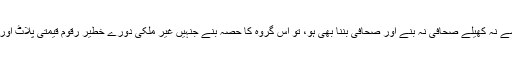
میری کوشش رہی کہ وہ آگ سے نہ کھیلے صحافی نہ بنے اور صحافی بننا بھی ہو، تو اس گروہ کا حصہ بنے جنہیں غیر ملکی دورے خطیر رقوم قیمتی پلاٹ اور پٹرول پمپ دےے جاتے ہیں۔